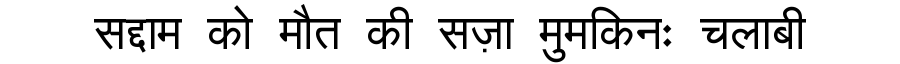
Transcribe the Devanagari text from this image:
सद्दाम को मौत की सज़ा मुमकिनः चलाबी